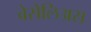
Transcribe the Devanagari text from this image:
वेसेलिअस